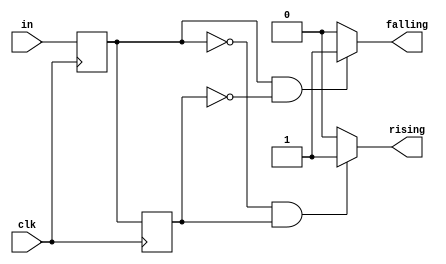
// Simple direct detection of rising and falling edges
// for a 1-bit signal

module edge_detect (
    input  wire clk,     // clock
    input  wire in,      // input signal
    output wire rising,  // rising edge detect
    output wire falling  // falling edge detect
);
    
    reg level1, level2;

    always @ (posedge clk) begin
        level1 <= in;
        level2 <= level1;
    end

    assign rising  = (~level1 &  level2) ? 1'b1 : 1'b0;
    assign falling = ( level1 & ~level2) ? 1'b1 : 1'b0;

endmodule